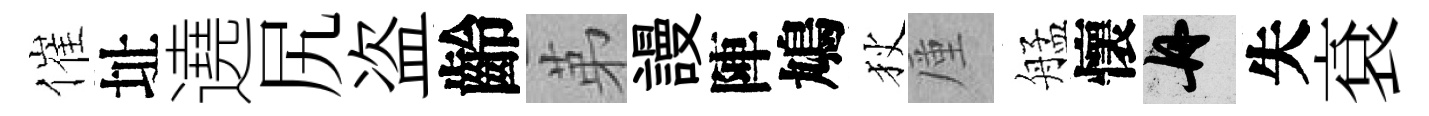
催址遶尻盗齡苐謾陣鳩狄厪艋懷舟失袞